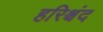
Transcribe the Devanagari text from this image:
हरिश्चंद